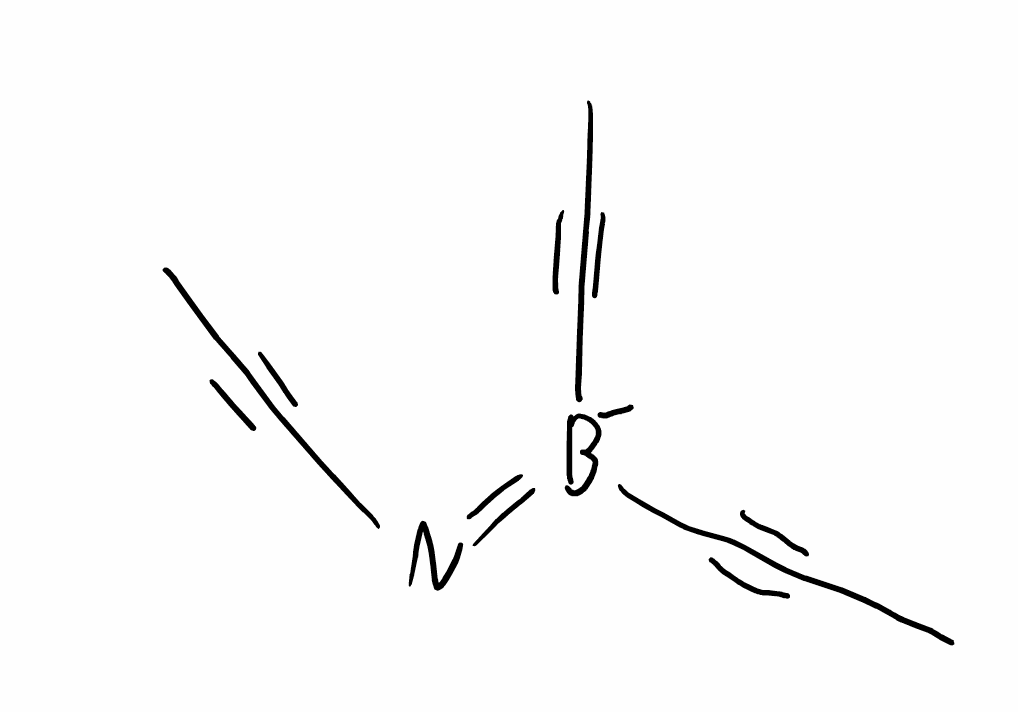
Simplified molecular-input line-entry system (SMILES) notation of the given molecule:
[B-](=NC#CC)(C#CC)C#CC